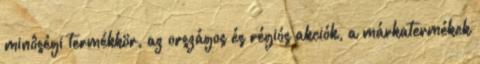
minôségi termékkör, az országos és régiós akciók, a márkatermékek